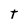
Character: t